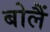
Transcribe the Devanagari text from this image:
बोलैं